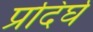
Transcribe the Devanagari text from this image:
प्रदिर्घ